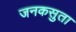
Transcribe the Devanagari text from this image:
जनकसुता